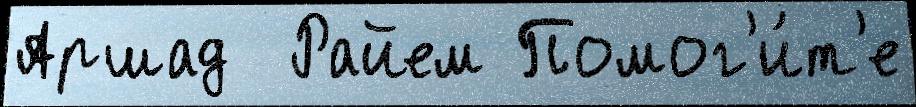
Аршад  Райем Помог'и́т'е